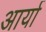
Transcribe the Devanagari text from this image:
अार्या